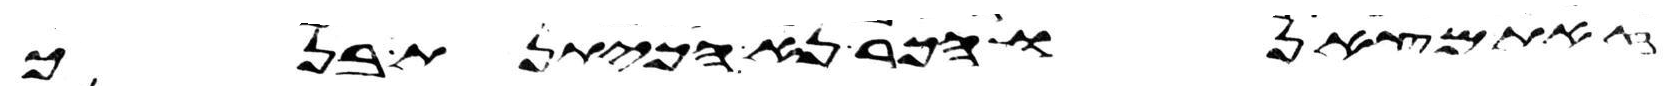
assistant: זאת מצאנו הכר נא הכיתנת בנך